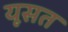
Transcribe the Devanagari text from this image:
यूसत